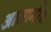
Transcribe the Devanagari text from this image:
आसामीच